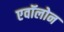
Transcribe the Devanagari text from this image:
एवॉलोन